Note on the mental hospitals in Burma - 1925-1940
Year: 1925
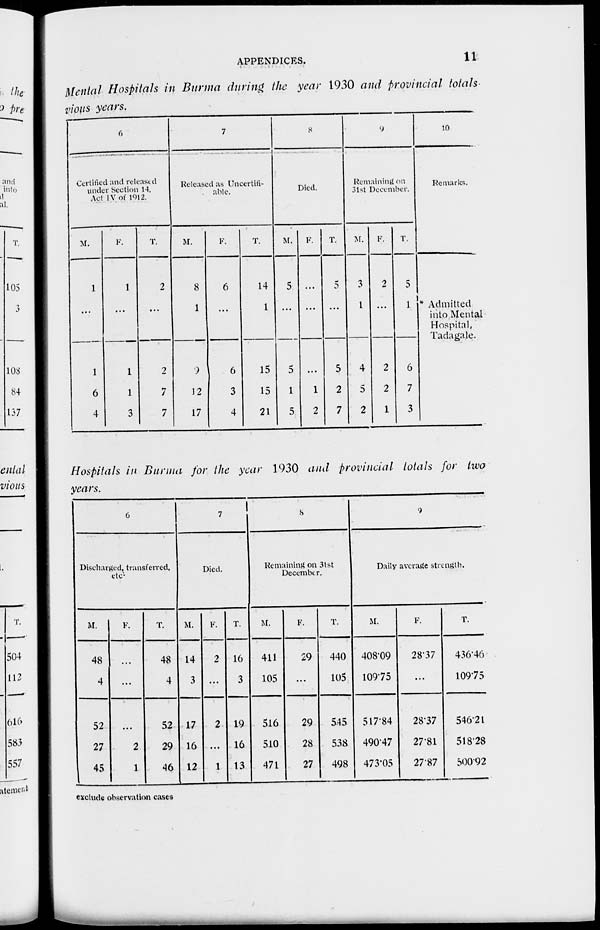
APPENDICES.
11
Mental Hospitals in Burma during the year 1930 and provincial totals
vious years.
6
Certified and released
under Section 14,
Act IV of 1012.
M.
1
...
1
6
4
F.
1
...
1
1
3
T.
2
...
2
7
7
7
Released as Uncertifi-
able.
M.
8
1
9
12
17
F.
6
...
6
3
4
T.
14
1
15
15
21
8
Died.
M.
5
...
5
1
5
F.
...
...
...
1
2
T.
5
...
5
2
7
9
Remaining on
31st December.
M.
3
1
4
5
2
F.
2
...
2
2
1
T.
5
1
6
7
3
10
Remarks.
* Admitted
into Mental
Hospital,
Tadagale.
Hospitals in Burma for the year 1930 and provincial totals for two
years.
6
Discharged, transferred.
etc.
M.
48
4
52
27
45
F.
...
...
...
2
1
T.
48
4
52
29
46
7
Died.
M.
14
3
17
16
12
F.
2
...
2
...
1
T.
16
3
19
16
13
8
Remaining on 31st
December.
M.
411
105
516
510
471
F.
29
...
29
28
27
T.
440
105
545
538
498
9
Daily average strength.
M.
408.09
109.75
517.84
490.47
473.05
F.
28.37
...
28.37
27.81
27.87
T.
436.46
109.75
546 .21
518.28
500.92
exclude observation cases